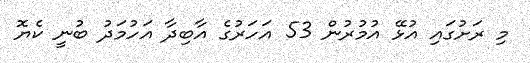
މި ރަށުގައި އުޅޭ އުމުރުން 53 އަަހަރުގެ އާބިދާ އަހުމަދު ބުނީ ކެޔޮ